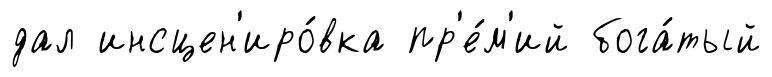
дал инсцен'иро́вка пр'е́м'ий бога́тый